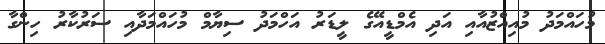
މުހައްމަދު މުއިއްޒުއާއި އަދި އެމްޑީއޭގެ ލީޑަރު އަހްމަދު ސިޔާމް މުހައްމަދާއި ސަރުކާރު ހިންގާ